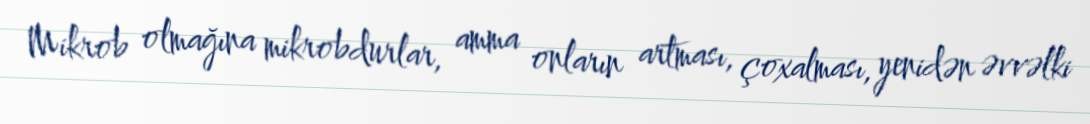
Mikrob olmağına mikrobdurlar, amma onların artması, çoxalması, yenidən əvvəlki